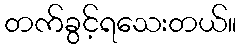
တက်ခွင့်ရသေးတယ်။